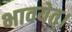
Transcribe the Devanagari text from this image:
भावयेत्‌।